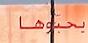
بحبوها